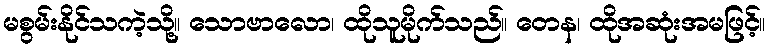
မစွမ်းနိုင်သကဲ့သို့။ သောဗာလော၊ ထိုသူမိုက်သည်။ တေန၊ ထိုအဆုံးအမဖြင့်။